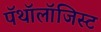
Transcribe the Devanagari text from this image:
पॅथॉलॉजिस्ट